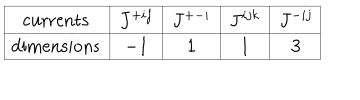
LaTeX: \begin{array} { | c | | c | c | c | c | } \hline { { \mathrm { c u r r e n t s } } } & { { J ^ { + i j } } } & { { J ^ { + - i } } } & { { J ^ { i j k } } } & { { J ^ { - i j } } } \\ \hline { { \hline \mathrm { d i m e n s i o n s } } } & { { - 1 } } & { { 1 } } & { { 1 } } & { { 3 } } \\ \hline { { } } \\ \end{array}